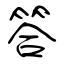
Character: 答